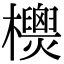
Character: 𣠙